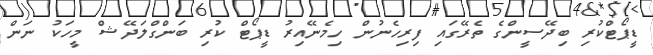
ޑީޕޯޓްކުރި ބިދޭސީންގެ ތެރޭގައި ފިރިހެނުން ހިމެނޭއިރު ޑީޕޯޓް ކުރި ބަންގްލަދޭޝް މީހަކު ނަން